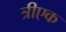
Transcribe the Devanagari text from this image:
त्रीएक